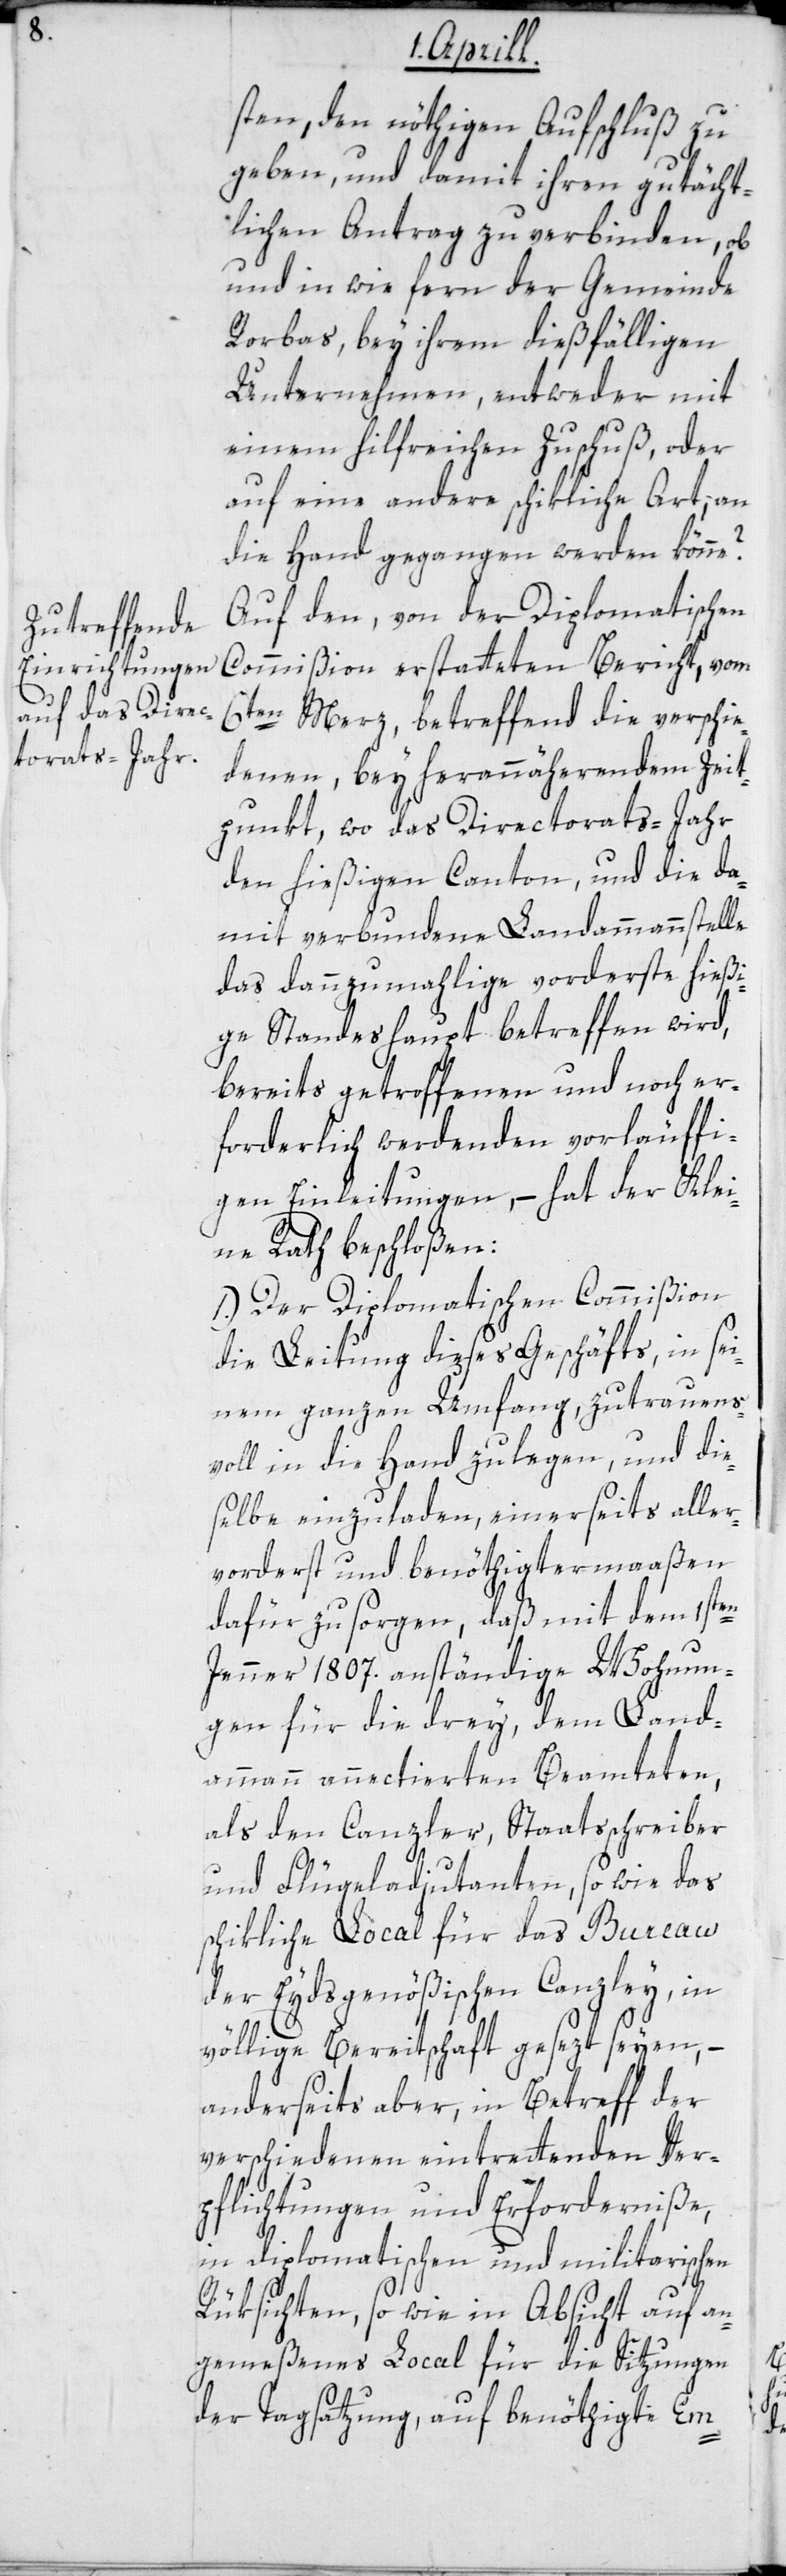
sten, den nöthigen Aufschluß zu
geben, und damit ihren gutächt¬
lichen Antrag zu verbinden, ob
und in wie fern der Gemeinde
Rorbas, bey ihrem dießfälligen
Unternehmen, entweder mit
einem hilfreichen Zuschuß, oder
auf eine andere schikliche Art, an
die Hand gegangen werden könne?
Auf den von der Diplomatischen
Commißion erstatteten Bericht, vom
6ten Merz, betreffend die verschie¬
denen, bey herannäherendem Zeit¬
punkt, wo das Directorats-Jahr
den hießigen Canton und die da¬
mit verbundene Landammannstelle
das dannzumahlige vorderste hießi¬
ge Standeshaupt betreffen wird,
bereits getroffenen und noch er¬
forderlich werdenden vorläuffi¬
gen Einleitungen, – hat der Klei¬
ne Rath beschloßen:
1.) Der Diplomatischen Commißion
die Leitung dieses Geschäfts in sei¬
nem ganzen Umfang, zutrauens¬
voll in die Hand zu legen, und die¬
selbe einzuladen, einerseits aller¬
vorderst und benöthigtermaaßen
dafür zu sorgen, daß mit dem 1sten
Jenner 1807 anständige Wohnun¬
gen für die drey, dem Land¬
ammann annectierten Beamteten,
als den Canzler, Staatsschreiber
und Flügeladjutanten, so wie das
schikliche Local für das Bureau
der eydsgenößischen Canzley, in
völlige Bereitschaft gesetzt seyen, –
anderseits aber, in Betreff der
verschiedenen eintretenden Ver¬
pflichtungen und Erforderniße,
in diplomatischen und militarischen
Rüksichten, so wie in Absicht auf an¬
gemeßenes Local für die Sitzungen
der Tagsatzung, auf benöthigte Em-